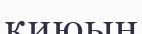
қиюын